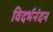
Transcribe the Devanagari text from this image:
विदर्भनंदन